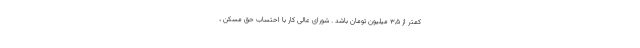
کمتر از ۳,۵ میلیون تومان باشد . شورای عالی کار با احتساب حق مسکن ،